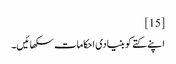
[15]
اپنے کتے کو بنیادی احکامات سکھائیں۔